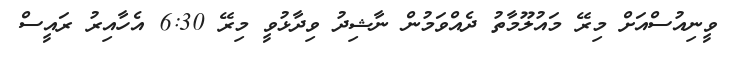
ވީނިއުސްއަށް މިރޭ މައުލޫމާތު ދެއްވަމުން ނާޝިދު ވިދާޅުވީ މިރޭ 6:30 އެހާއިރު ރައީސް